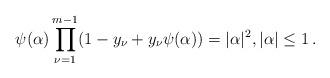
LaTeX: \begin{align*} \psi(\alpha)\prod_{\nu=1}^{m-1}(1-y_{\nu}+y_{\nu}\psi(\alpha))=|\alpha|^2, |\alpha| \le 1 \,. \end{align*}